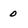
Character: 0